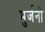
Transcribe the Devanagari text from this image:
मुर्जनी